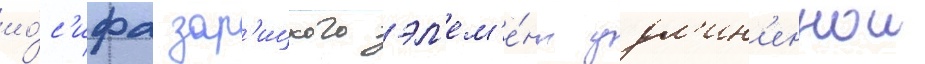
ио́с'ифа зар'ицкого эл'ем'е́нт удл'ин'еннои